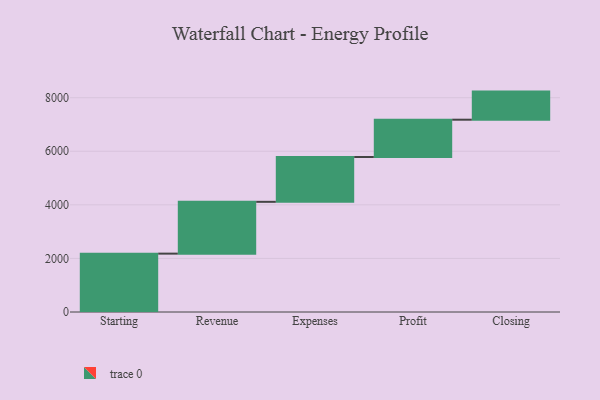
{"axis": {"x": "Step", "y": "Value"}, "legend": [""], "data": [{"x": "Starting", "y": 2179.0, "type": ""}, {"x": "Revenue", "y": 1934.0, "type": ""}, {"x": "Expenses", "y": 1674.0, "type": ""}, {"x": "Profit", "y": 1392.0, "type": ""}, {"x": "Closing", "y": 1049.0, "type": ""}]}